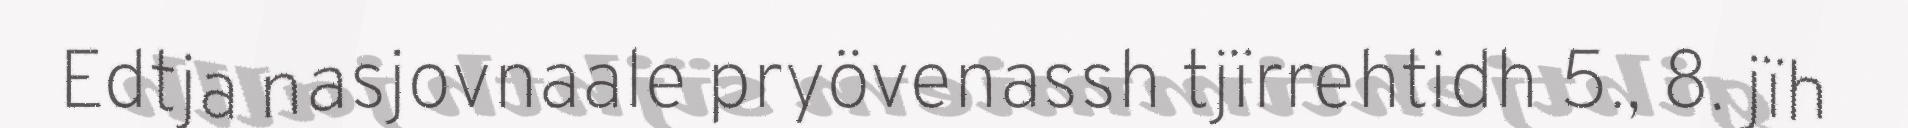
Edtja nasjovnaale pryövenassh tjïrrehtidh 5., 8. jïh